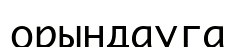
орындауга